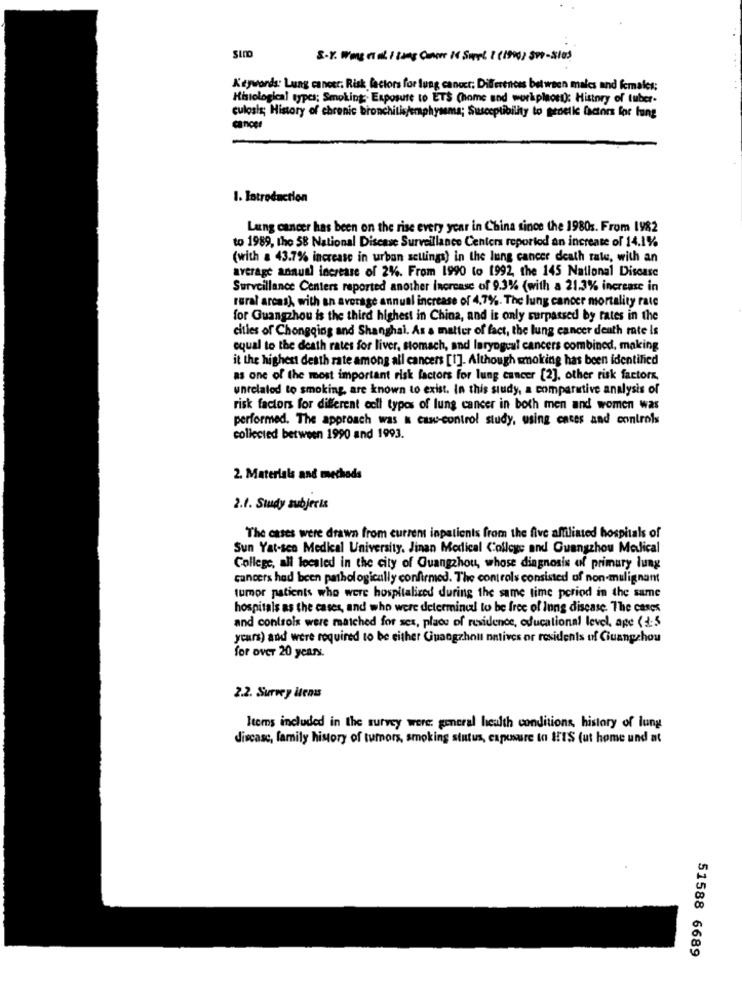
SIND
S.Y. Was no ak I lang Cancer Is Sure ! (1990) sp0-sles
Keywords: Lung cancer. Risk factors for lung cancer; Differences between males and females;
Histological types; Smoking; Exposure to ETS (home and workplaon): History of tuber.
culosis; History of chronic bronchitis/emphysema; Susceptibility to genelle factors for lung
cancer
1. Introduction
Lung cancer has been on the rise every year in China since the 1980s. From 1982
to 1989, the 58 National Disease Surveillance Centers reportod an increase of 14.1%%
(with a 43.7% increase in urban sellings) in the lung cancer death rate, with an
average annual increase of 2%. From 1990 to 1992, the 145 National Disease
Surveillance Centers reported another increase of 9.3% (with a 21.3% increase in
rural areas), with an average annual increase of 4,7%. The lung cancer mortality rate
for Guangzhou is the third highest in China, and is only surpassed by rates in the
cities of Chongqing and Shanghai. As a matter of fact, the lung cancer death rate is
equal to the death rates for liver, stomach, and laryngeal cancers combined, making
it the highest death rate among all cancers [1]. Although smoking has been identified
as one of the most important risk factors for lung cancer [2], other risk factors,
unrelated to smoking, are known to exist. In this study, a comparative analysis of
risk factors for different coll types of lung cancer in both men and women was
performed. The approach was & cas-control study, using cases and controls
collected between 1990 and 1993.
2. Materials and mechada
2.1. Study subjeris
The cases were drawn from current inpatients from the five affiliated hospitals of
Sun Yat-sco Medical University. Jinan Medical College and Guangzhou Melical
College, all localed in the city of Guangzhou, whose diagnosis of primary lung
cancers had been pathologically confirmed. The controls consisted of non-mulig nant
tumor patients who were hospitalized during the same time period in the same
hospitals as the cases, and who were determined to be free of Inng disease. The cases
and controls were matched for sex, place of residence, educational level, age <3:5
years) and were required to be either Guangzhou natives or residents of Ciuangzhou
for over 20 years.
2.2. Survey items
Items included in the survey were: general health conditions, history of lung
discasc, family history of tumors, smoking status, exposure to HIS (ut home und at
51588 6689